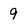
Character: 9